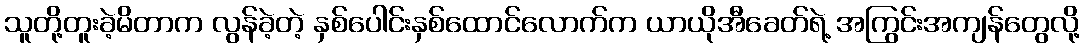
သူတို့တူးခဲ့မိတာက လွန်ခဲ့တဲ့ နှစ်ပေါင်းနှစ်ထောင်လောက်က ယာယိုအီခေတ်ရဲ့ အကြွင်းအကျန်တွေလို့